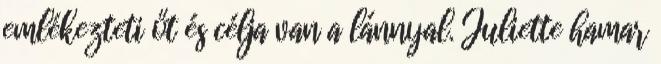
emlékezteti őt és célja van a lánnyal. Juliette hamar